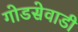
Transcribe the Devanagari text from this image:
गोडसेवाडी